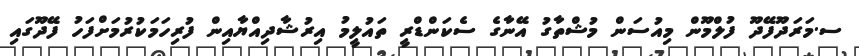
ސ.މަރަދޫފޭދޫ ފުލްމޫން މިއުސަން މުޝްތާގު އޭނާގެ ސެކަންޑްރީ ތައުލީމު އިރުޝާދިއްޔާއިން ފުރިހަމަކުރުމަށްފަހު ފޭދޫގައި